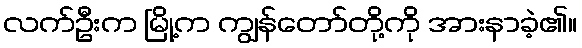
လက်ဦးက မြို့က ကျွန်တော်တို့ကို အားနာခဲ့၏။